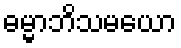
ဓမ္မာဘိသမယော